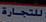
للتجارة